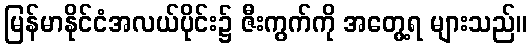
မြန်မာနိုင်ငံအလယ်ပိုင်း၌ ဇီးကွက်ကို အတွေ့ရ များသည်။